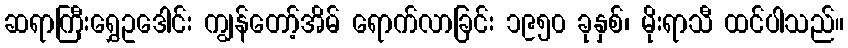
ဆရာကြီးရွှေဥဒေါင်း ကျွန်တော့်အိမ် ရောက်လာခြင်း ၁၉၅၀ ခုနှစ်၊ မိုးရာသီ ထင်ပါသည်။